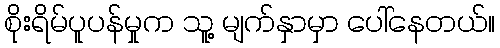
စိုးရိမ်ပူပန်မှုက သူ့ မျက်နှာမှာ ပေါ်နေတယ်။